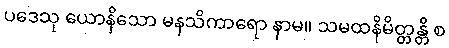
ပဒေသု ယောနိသော မနသိကာရော နာမ။ သမထနိမိတ္တန္တိ စ